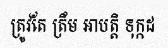
ត្រូវតែ ត្រឹម អាបត្តិ ទុក្កដ